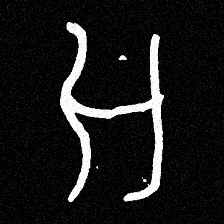
Pyu character \u2014 Myanmar letter: အ (romanized: a)